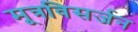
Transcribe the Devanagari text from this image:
मूत्रविसर्जन